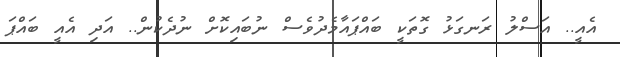
އެއީ.. އަސްްްްލު ރަނގަަަަޅު ގޮތަަަކީ ބައްްްްްޕައާމެެދުވެސް ނުބައިކޮށް ނުުުުުުުދެކުން.. އަަަަދި އެއީ ބައްޕަ